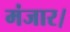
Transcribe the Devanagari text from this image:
मंजार।